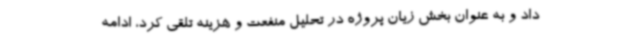
داد و به عنوان بخش زیان پروژه در تحلیل منفعت و هزینه تلقی کرد، ادامه